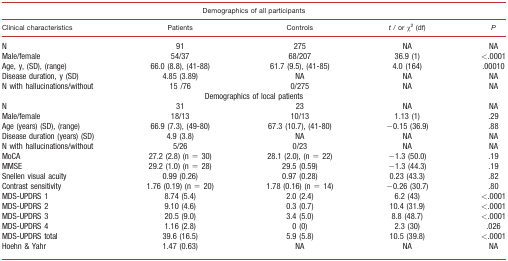
| <COLSPAN=5> Demographics of all participants |
 | Clinical characteristics | Patients | Controls | t / or χ2 (df) | P |
 | --- | --- | --- | --- | --- |
 | N | 91 | 275 | NA | NA |
 | Male/female | 54/37 | 68/207 | 36.9 (1) | <.0001 |
 | Age, y, (SD), (range) | 66.0 (8.8), (41‐88) | 61.7 (9.5), (41‐85) | 4.0 (164) | .00010 |
 | Disease duration, y (SD) | 4.85 (3.89) | NA | NA | NA |
 | N with hallucinations/without | 15 /76 | 0/275 | NA | NA |
 | <COLSPAN=5> Demographics of local patients |
 | N | 31 | 23 | NA | NA |
 | Male/female | 18/13 | 10/13 | 1.13 (1) | .29 |
 | Age (years) (SD), (range) | 66.9 (7.3), (49‐80) | 67.3 (10.7), (41‐80) | −0.15 (36.9) | .88 |
 | Disease duration (years) (SD) | 4.9 (3.8) | NA | NA | NA |
 | N with hallucinations/without | 5/26 | 0/23 | NA | NA |
 | MoCA | 27.2 (2.8) (n = 30) | 28.1 (2.0), (n = 22) | −1.3 (50.0) | .19 |
 | MMSE | 29.2 (1.0) (n = 28) | 29.5 (0.59) | −1.3 (44.3) | .19 |
 | Snellen visual acuity | 0.99 (0.26) | 0.97 (0.28) | 0.23 (43.3) | .82 |
 | Contrast sensitivity | 1.76 (0.19) (n = 20) | 1.78 (0.16) (n = 14) | −0.26 (30.7) | .80 |
 | MDS‐UPDRS 1 | 8.74 (5.4) | 2.0 (2.4) | 6.2 (43) | <.0001 |
 | MDS‐UPDRS 2 | 9.10 (4.6) | 0.3 (0.7) | 10.4 (31.9) | <.0001 |
 | MDS‐UPDRS 3 | 20.5 (9.0) | 3.4 (5.0) | 8.8 (48.7) | <.0001 |
 | MDS‐UPDRS 4 | 1.16 (2.8) | 0 (0) | 2.3 (30) | .026 |
 | MDS‐UPDRS total | 39.6 (16.5) | 5.9 (5.8) | 10.5 (39.8) | <.0001 |
 | Hoehn & Yahr | 1.47 (0.63) | NA | NA | NA |